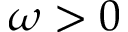
\omega > 0